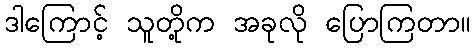
ဒါကြောင့် သူတို့က အခုလို ပြောကြတာ။